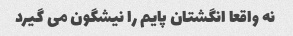
نه واقعا انگشتان پایم را نیشگون می گیرد